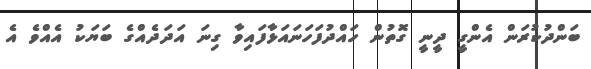
ބަންދުކުރަން އެންގީ ދީނީ ގޮތުން ހައްދުފަހަނައަޅާފައިވާ ގިނަ އަދަދެއްގެ ބަޔަކު އެއްވެ އެ